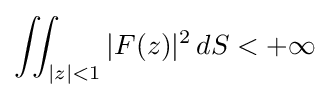
\iint _{|z|<1}|F(z)|^{2}\,dS<+\infty